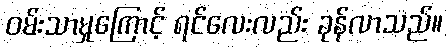
ဝမ်းသာမှုကြောင့် ရင်လေးလည်း ခုန်လာသည်။